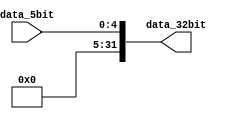
`timescale 1ns / 1ps

module Zero_Ext_5to32(
    input [4:0] data_5bit,
    output [31:0] data_32bit
);
assign data_32bit={ {27{1'b0}}, data_5bit};

endmodule

module Sign_Ext_16to32(
    input [15:0] data_16bit,
    output [31:0] data_32bit
);
assign data_32bit={ {16{data_16bit[15]}}, data_16bit};

endmodule